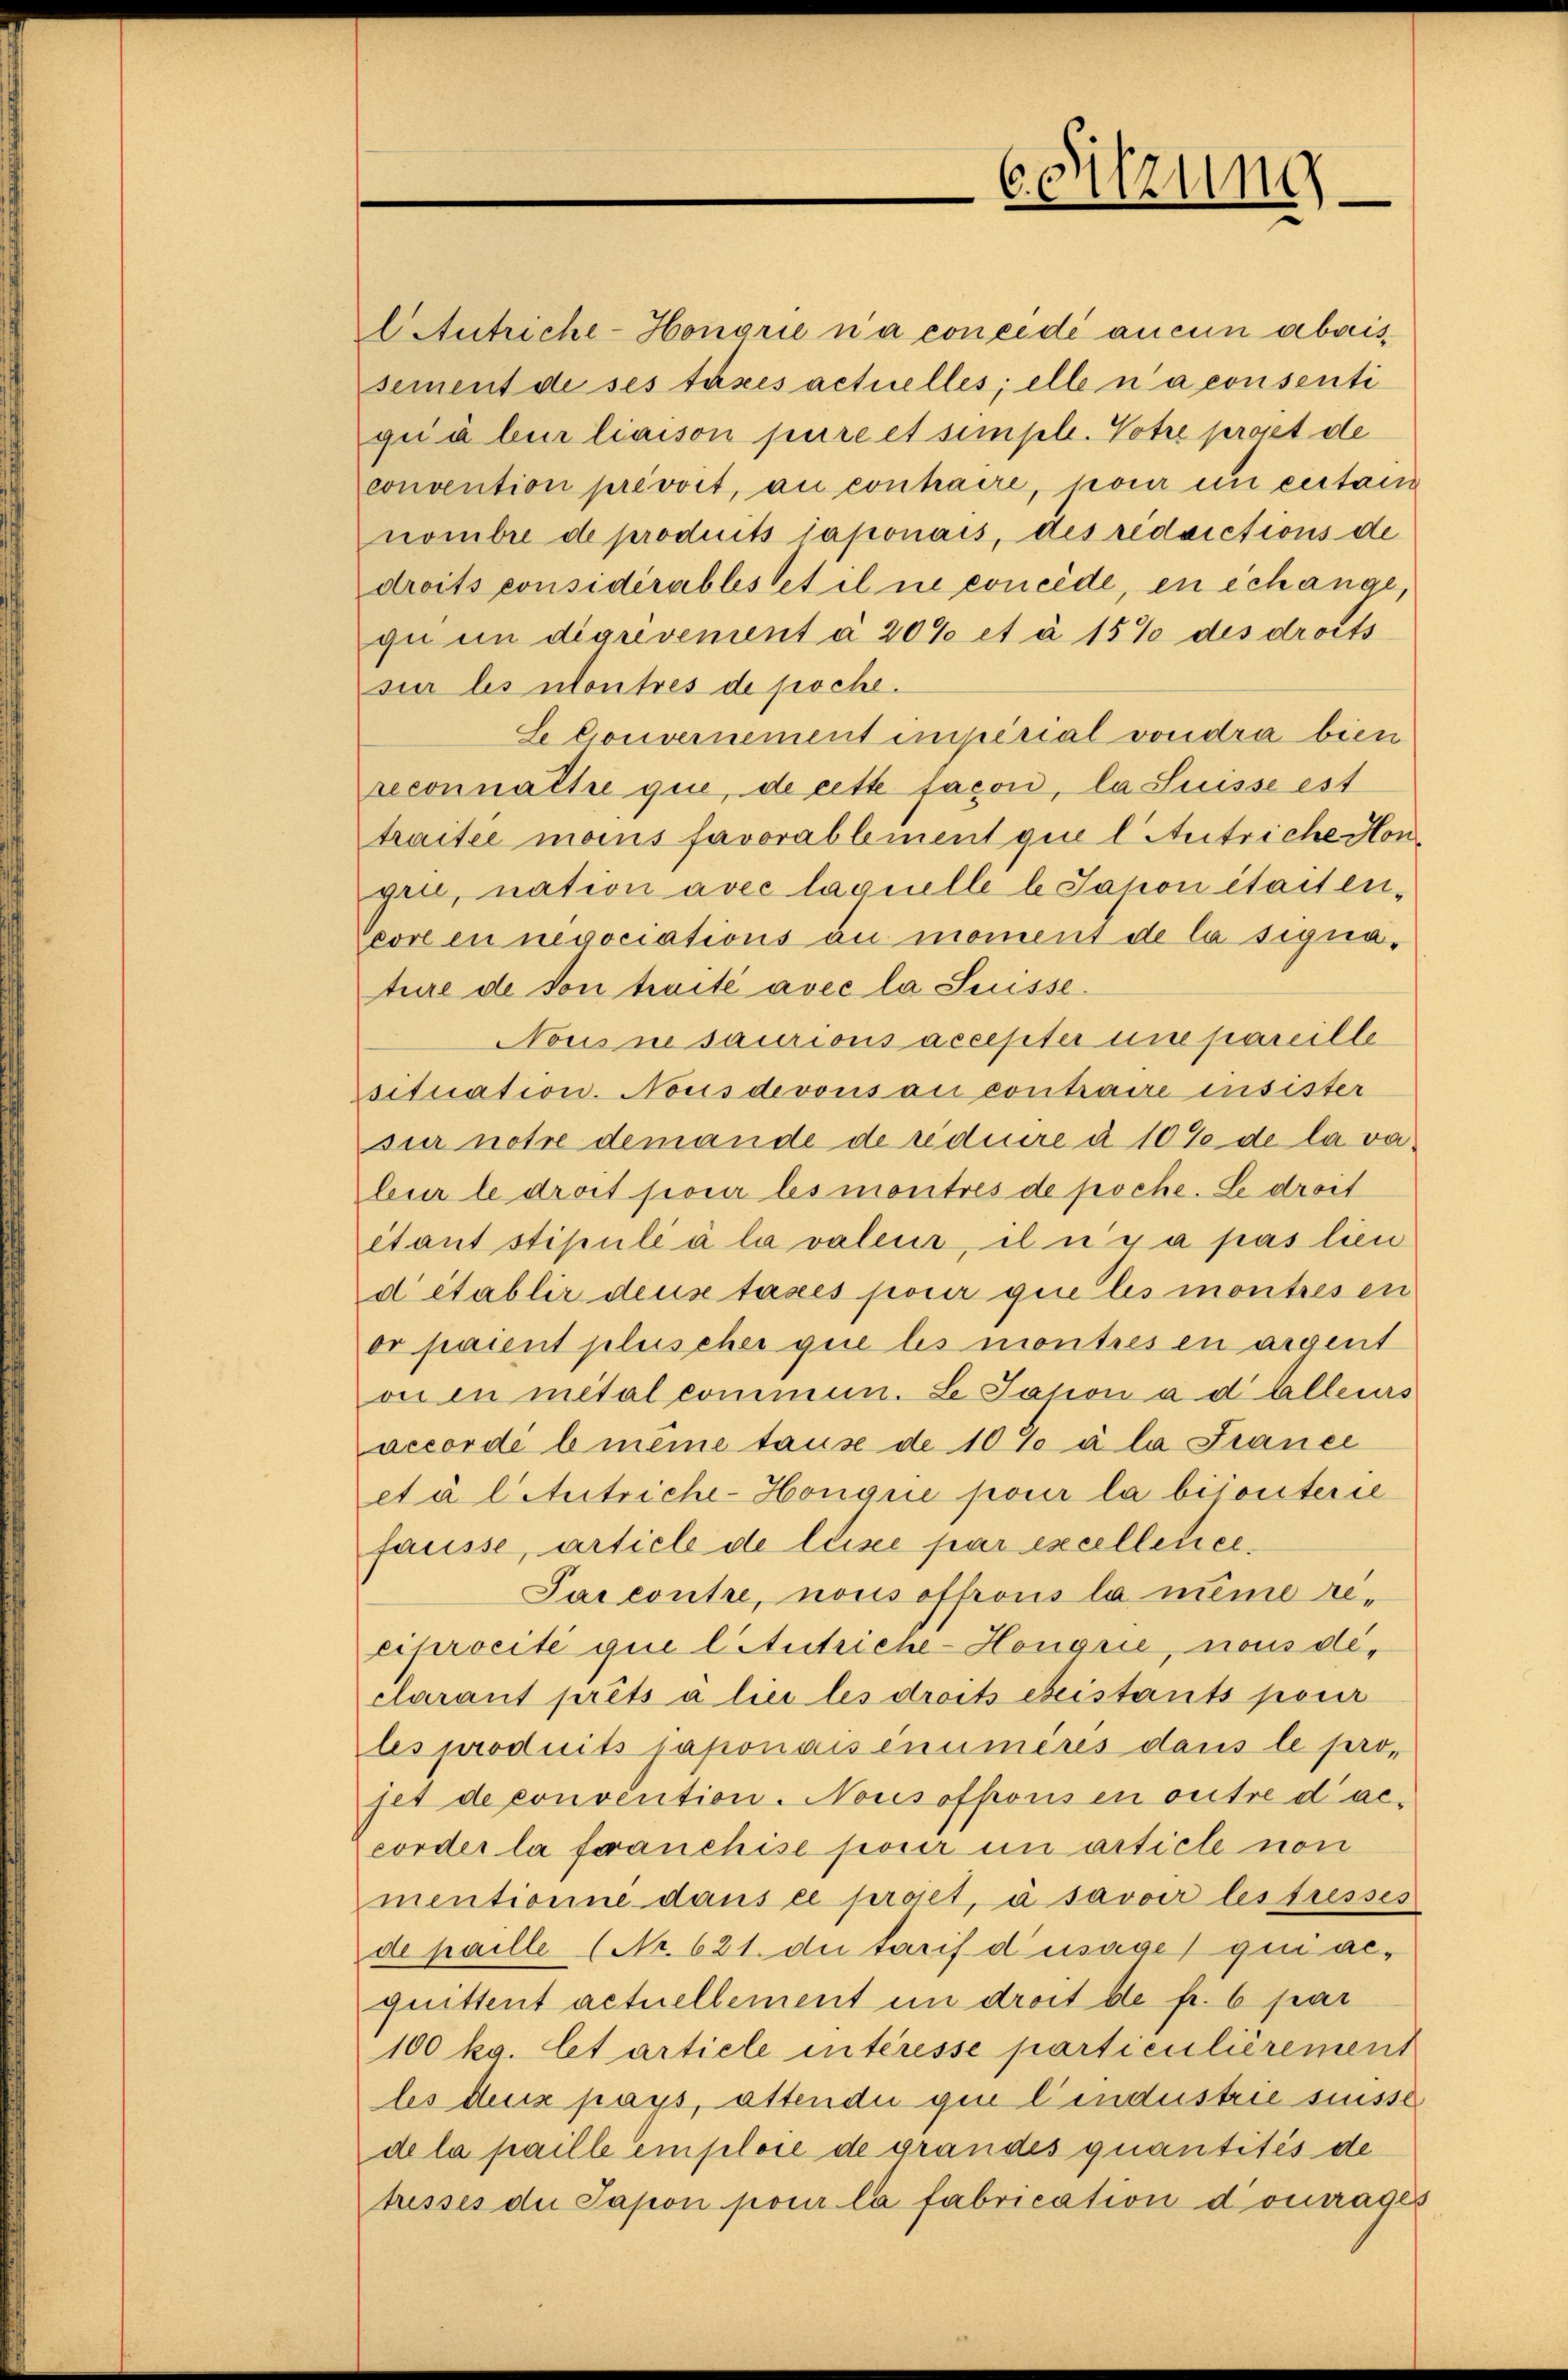
l Antriche-Honorie n’a concede aucun abreissement de ses taxes actuelles; elle n’a consenti
giiábur liaison pure et simple. Votre proset de
convention prévoit, au contraire, pour un certan
nombre de produits Taponais, des reddictions de
droits considérables et il ne concede, en échange,
gu in digrevement à 20% et à 15% des droits
sur les Montres de poche.
Se Gouvernement interial voudra bien
reconnattre que, de cette façon, la Suisse est
traitee mons favorablement qui l Antriche Hongrie, nation avec laquelle b Jahon était en-
core en negociations au moment de la signature de son traité avec la Suisse.
Nous ne saurions accepter une pareille
situation. Nous devous au contraire insister
sur notre demande de réduire à 10% de la vabur le droit pour les montres de poche. Le droit
étant stipulé à la valeur, il n’y a pas lien
d établir deus taxes pour que les montres en
or paient pluscher que les montresen argent
oi en metal commun. Le Tation ad Alleurs
accordé b meine tause de 10 % à la France
età litutriche-Honque pour la bisanterie
fausse, article de leise par excellence.
Sarcontre, nous offrons la nume reciprocité que l Atutriche-Hougrie, nous declarant prêts a liei les droits existants pour
les produits japonaisenumeres dans le proset de convention. Nousoffons en outre d’accorder la franchise pour un article non
mentionne dans ce projet, à savoir lestresses
de paille (Nr. 621. di tarif d’usage qui acquittent actuellement in droit de fr. 6 par
100 ka. Cet artiele intéresse particulièrement
les des pays, attendii giu l’industrie suisse
de la paille emploie de grandes quantités de
tresses der Sapon pour la fabrication dourages

6. Sitzung